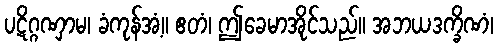
ပဋိဂ္ဂဏှာမ၊ ခံကုန်အံ့။ ဧတံ၊ ဤခေမာအိုင်သည်။ အဘယဒက္ခိဏံ၊